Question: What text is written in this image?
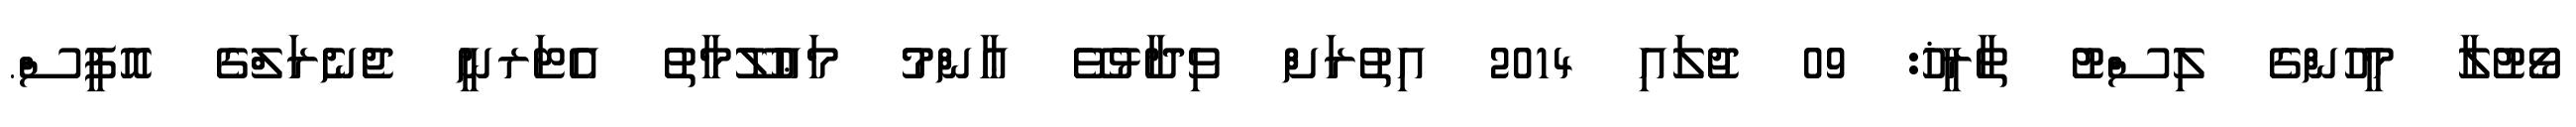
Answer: ވޯޓުލާ މީހުންގެ ލިސްޓު ތާރީޚު: 09 ޖުލައި 2014 އިތުރަށް ވިދާޅުވޭ ޢާންމު މަޢުލޫމާތު އެޓަރނީ ޖެނެރަލްގެ އޮފީސް.